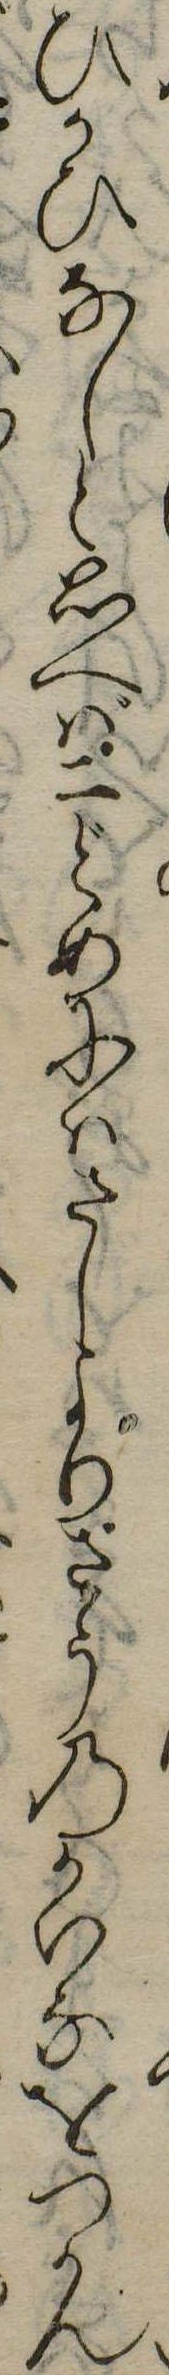
ひかひなしと思へば二どめにいたしよりさうのかいなをつかん